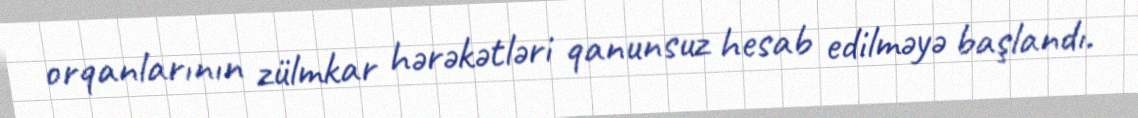
orqanlarının zülmkar hərəkətləri qanunsuz hesab edilməyə başlandı.